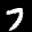
Digit: 7